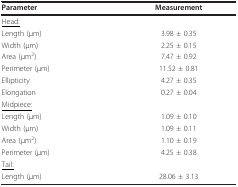
<table><thead><tr><td><b>Parameter</b></td><td><b>Measurement</b></td></tr></thead><tbody><tr><td><underline>Head:</underline></td><td></td></tr><tr><td>Length (μm)</td><td>3.98 ± 0.35</td></tr><tr><td>Width (μm)</td><td>2.25 ± 0.15</td></tr><tr><td>Area (μm<sup>2</sup>)</td><td>7.47 ± 0.92</td></tr><tr><td>Perimeter (μm)</td><td>11.52 ± 0.81</td></tr><tr><td>Ellipticity</td><td>4.27 ± 0.35</td></tr><tr><td>Elongation</td><td>0.27 ± 0.04</td></tr><tr><td><underline>Midpiece:</underline></td><td></td></tr><tr><td>Length (μm)</td><td>1.09 ± 0.10</td></tr><tr><td>Width (μm)</td><td>1.09 ± 0.11</td></tr><tr><td>Area (μm<sup>2</sup>)</td><td>1.10 ± 0.19</td></tr><tr><td>Perimeter (μm)</td><td>4.25 ± 0.38</td></tr><tr><td><underline>Tail:</underline></td><td></td></tr><tr><td>Length (μm)</td><td>28.06 ± 3.13</td></tr></tbody></table>